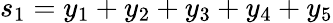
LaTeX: s_{1}=y_{1}+y_{2}+y_{3}+y_{4}+y_{5}